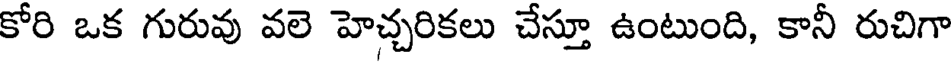
కోరి ఒక గురువు వలె హెచ్చరికలు చేస్తూ ఉంటుంది, కానీ రుచిగా